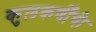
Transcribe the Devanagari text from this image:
कुलकर्णींची